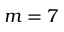
m = 7